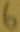
Text: 6